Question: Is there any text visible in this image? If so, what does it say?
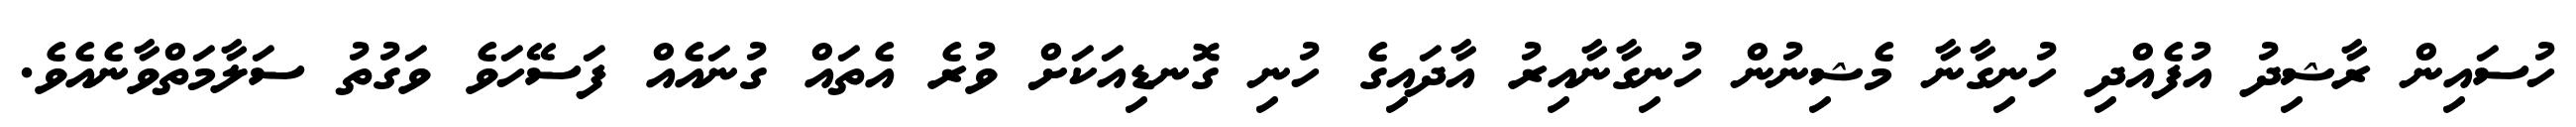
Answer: ހުސައިން ރާޝިދު އުފެއްދި ހުނިގާނާ މެޝިނުން ހުނިގާނާއިރު އާދައިގެ ހުނި ގޮނޑިއަކަށް ވުރެ އެތައް ގުނައެއް ފަސޭހަވެ ވަގުތު ސަލާމަތްވާނެއެވެ.